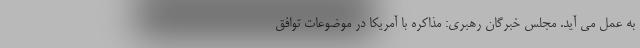
به عمل می آید. مجلس خبرگان رهبری: مذاکره با آمریکا در موضوعات توافق